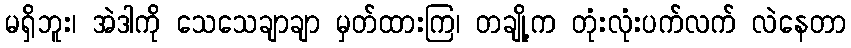
မရှိဘူး၊ အဲဒါကို သေသေချာချာ မှတ်ထားကြ၊ တချို့က တုံးလုံးပက်လက် လဲနေတာ